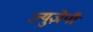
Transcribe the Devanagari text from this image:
ज्युज़ेपी